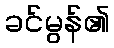
ခင်မွန်၏